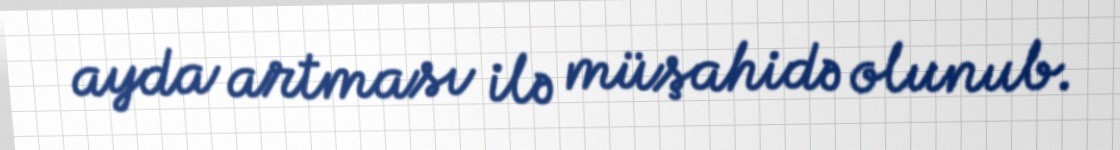
ayda artması ilə müşahidə olunub.